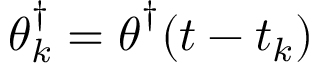
\boldsymbol { \theta } _ { k } ^ { \dagger } = \boldsymbol { \theta } ^ { \dagger } ( t - t _ { k } )